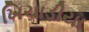
ખિચાડીયા